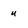
Character: u